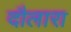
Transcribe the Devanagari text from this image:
दौलारा